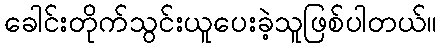
ခေါင်းတိုက်သွင်းယူပေးခဲ့သူဖြစ်ပါတယ်။